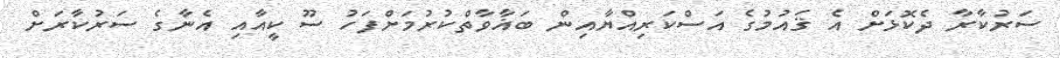
ސަރުކާރާ ދެކޮޅަށް އެ ޤައުމުގެ އަސްކަރިއްޔާއިން ބަޣާވާތްކުރުމަށްފަހު ސޫ ކީއާއި އެނާގެ ސަރުކާރަށް